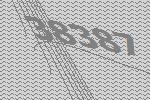
38387